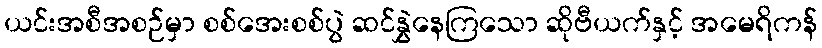
ယင်းအစီအစဉ်မှာ စစ်အေးစစ်ပွဲ ဆင်နွှဲနေကြသော ဆိုဗီယက်နှင့် အမေရိကန်